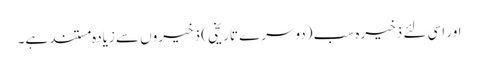
اور اسی لئے ذخیرہ سب (دوسرے تاریخی ) ذخیروں سے زیادہ مستند ہے۔